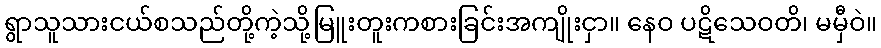
ရွာသူသားငယ်စသည်တို့ကဲ့သို့မြူးတူးကစားခြင်းအကျိုးငှာ။ နေဝ ပဋိသေဝတိ၊ မမှီဝဲ။